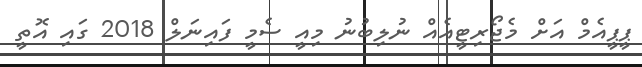
ޕީޕީއެމް އަށް މެޖޯރިޓީއެއް ނުލިބުނު މިއީ ސެމީ ފައިނަލް 2018 ގައި އޮތީ